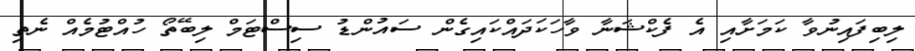
ލިބިފައިނުވާ ކަމަށާއި އެ ފެކްޝަނާ ވާހަކަދައްކައިގެން ސައުންޑު ސިސްޓަމް ލިބޭތޯ ހުއްޓުމެއް ނެތި